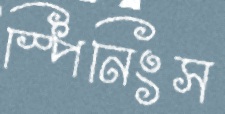
স্পিনিংস